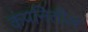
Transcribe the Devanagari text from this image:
कंपनितील